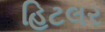
હિટલર